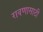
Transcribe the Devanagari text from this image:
रावणासाठी